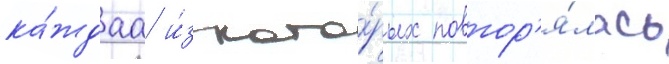
ка́ждаа и́з кото́рых повтор'я́лась